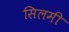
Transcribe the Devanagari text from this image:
सिलमी